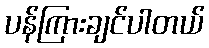
ပန်ကြားချင်ပါတယ်